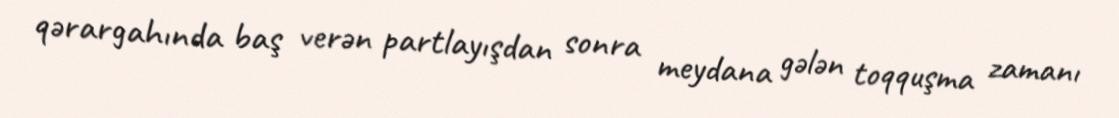
qərargahında baş verən partlayışdan sonra meydana gələn toqquşma zamanı